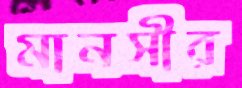
মানসীর